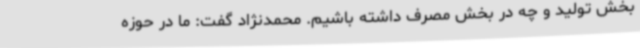
بخش تولید و چه در بخش مصرف داشته باشیم. محمدنژاد گفت: ما در حوزه